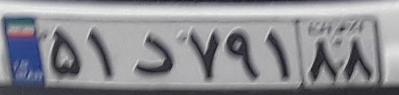
۵۱د۷۹۱۸۸